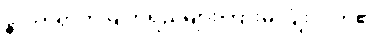
နာတာရှာက မျက်ရည်များကြားမှ ပြုံးလိုက်၏။